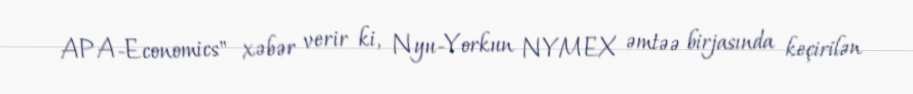
APA-Economics" xəbər verir ki, Nyu-Yorkun NYMEX əmtəə birjasında keçirilən